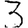
Digit: 3